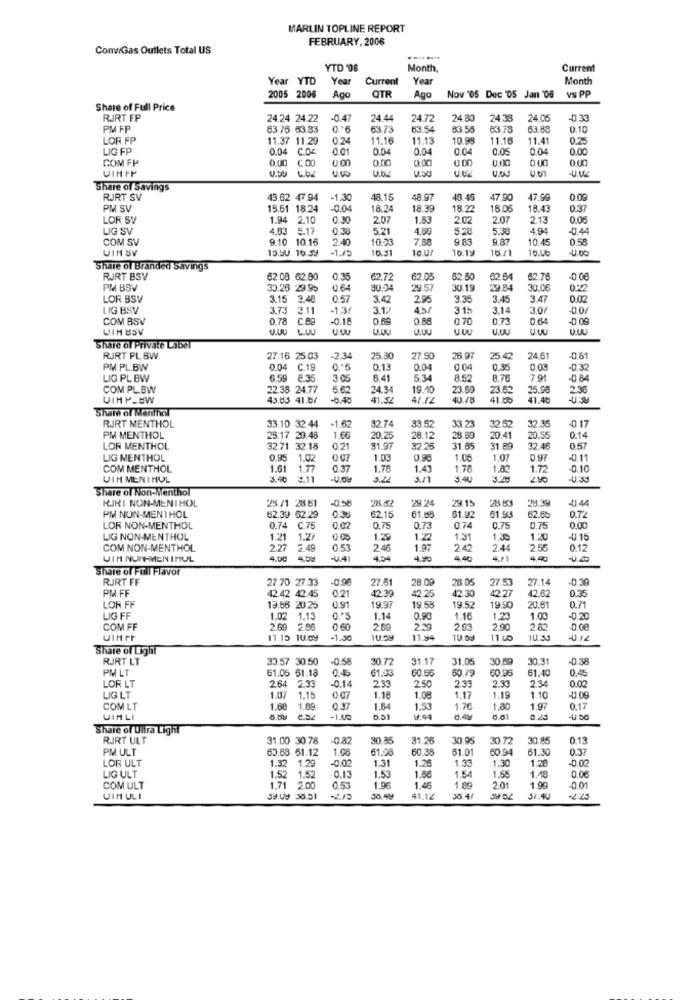
MARLIN TOPLINE REPORT
FEBRUARY, 2006
ComGas Outlets Total US
YTD '06
Month,
Current
Year YTD
Year
Current
Year
Month
OTR
VS PP
2005 2006
Ago
Ago
Nov '05 Dec '05 Jan '06
Share of Full Price
RJRT FP
24.24 24.22
-047
24 44
24.72
24.80
24.38
24.05
03
PM FP
63.75 53.83
63.73
63.54
83.55
63.78
63.8
0.10
LOR FP
11.37 11.29
0.24
11.16
11.13
10.98
11.16
11.41
0.25
LIG FP
0.04 C.04
0.01
0.04
0.04
0.04
0.05
0.04
0.00
0.00 COO
0.00
C 00
0.00
0.00
0.00
COM FP
0.00
U.OU
VIHFP
Share of Savings
RJRT SV
43.62 47.94
-1.30
48.1.5
48.97
40.45
7 .90
47.99
0.09
PM SV
15.61 18.24
-0.04
18.24
18.39
18.22
18.05
18.43
0.37
LOR SV
1.94 2.10
0.30
207
1.53
2.02
2.07
2.13
0.06
LIG SV
4.83 5.17
0.3
5.21
4.60
528
5.38
4.94
-0.44
COM SV
9.10 10.16
2.40
10.03
7.88
9.83
9.87
10.45
0.58
UIH SV
15.90 16.59
10.19
16./1
10.00
Share of Branded Savings
RJRT BSV
62.08 62.00
0.35
62.72
62.05
62.50
62.84
62.76
-0.00
PM BSV
33.26 29.95
0.64
3004
29.57
30.19
29 84
30.06
0.22
LOR BSV
3.15 3.48
0.57
3.42
2.85
3.35
3.45
3.47
0.02
LIG BSV
3.73 3 11
311
13
3.12
4.5/
3 1h
3.14
3.07
0.0/
COM BSV
0.78 C.89
c.89
-0.18
0.69
0.88
0.70
0.73
0.64
-0.09
VIH BSV
Q.DU L.OU
U.UU
U.UU
Share of Private Label
RJRT PL BW
27.16 25.03
-2.3
25.80
27.50
25.97
25.42
24.61
-0.81
PM PL.BW
0.04 C.19
0.13
0.04
0.04
0.35
0.03
-0.37
LIG PL BW
6.59 8.35
3.06
8.41
5.34
8.52
8.76
7.91
-0.84
COM PLBW
22.38 24.77
6.62
24.34
19.10
23.6
23.62
25.98
2.36
VIHP-BW
43.63 41.67
41.52
41.12
41.56
41.48
Share of Menthol
RJRT MENTHOL
33.10 32.44
-1.62
32.74
33.52
33.23
32.52
32.35
-0.17
PM MENTHOL
25.17 29.48
1.66
20.25
28.12
28.89
29 41
20.55
0.14
LOR MENTHOL
32.71 32.18
021
81.9
32.26
31.85
31.89
32.48
0.57
LIG MENTHOL
0.95
1.02
007
1.03
0.96
1.00
1.07
0.97
-0.11
COM MENTHOL
1.61
1.77
0.37
1.78
1.43
1.78
1.82
1.72
-0.10
VIH MENTHOL
3.40
¥.11
3.22
3/1
Share of Non-Menthol
RJKI NON-MENTHOL
-0.50
29.24
29.15
28.53
-0.44
25./1 28.61
28.82
28.39
0.72
PM NON-MENTHOL
62.39 52:29
0.38
62.15
61.85
61.92
61 93
62.60
LOR NON-MENTHOL
0.74 C.75
0.02
0.75
0.73
0.74
0.75
0.75
0.00
LIG NON-MENTHOL
1.21
1.2/
0.05
1.29
1.22
1.31
1.35
1.20
-4.15
COM NON-MENTHOL
2.27 2.48
0.53
2.45
1.97
2.42
2.4
2.55
0.12
VIH NUTH-MEN IMUL
4.00
4.54
4.9
4./1
Share of Full Flavor
RJRT FF
27.70 27.33
-0.98
27.51
28.00
28.05
27
27.14
-0.30
PM FF
0.2
12.39
42.62
0,35
42.42 42.45
42.25
19.58
42.30
227
LOR FF
19.86 20.25
0.91
19.9
19.52
19.90
20.61
0.71
LIG FF
1.02 1.13
1.14
0.90
1.16
1.23
1.00
-0.20
COM FF
2.69 2.86
0.60
2.69
2.29
2.03
2.90
28
0.00
11.15 10.0y
-1.30
11.94
10 09
10.33
Share of Light
RJRT LT
33.57 30.50
-0,58
30.72
31.17
31.05
30.69
30.31
-0.38
PM LT
61.05 51.18
0.4
61.03
60.79
60.95
61.40
0.45
2.64
2.33
014
2.50
2.33
2.33
2.34
0.02
LOR LT
2.33
LIG LT
1.07
1.15
0.07
1.16
1.08
1.17
1.19
1.10
-0.09
COM LT
1.68
1.89
0.37
1.64
1.53
1.76
1.80
1.97
0.17
UIMLI
1.4
5.51
-U.DE
Share of Ultra Light
RJRT ULT
31.00 30.78
30.85
31.26
30.95
30.72
30.85
0.13
PM ULT
63.88 51.12
1.08
61.08
60.38
61.01
60.94
61.30
0.37
LOR ULT
1.32 1.29
-0.02
1.26
1:33
1.30
1.28
-0.02
1.31
1.53
LIG ULT
1.52 1.52
0.13
1.86
1.54
1.55
1.48
0.06
COM ULT
1.71
2.00
0.53
1.96
1.46
1.80
2.01
1.99
-0.01
UIM ULI
Je.Uy 38.51
41.12
30.41
31.40